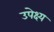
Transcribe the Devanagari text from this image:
उपेक्ष्य